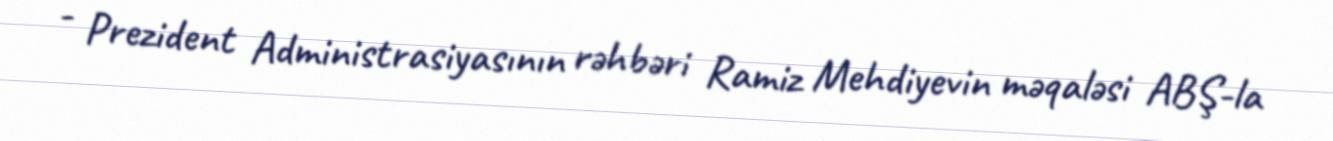
- Prezident Administrasiyasının rəhbəri Ramiz Mehdiyevin məqaləsi ABŞ-la